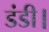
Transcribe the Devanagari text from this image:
डंडी।